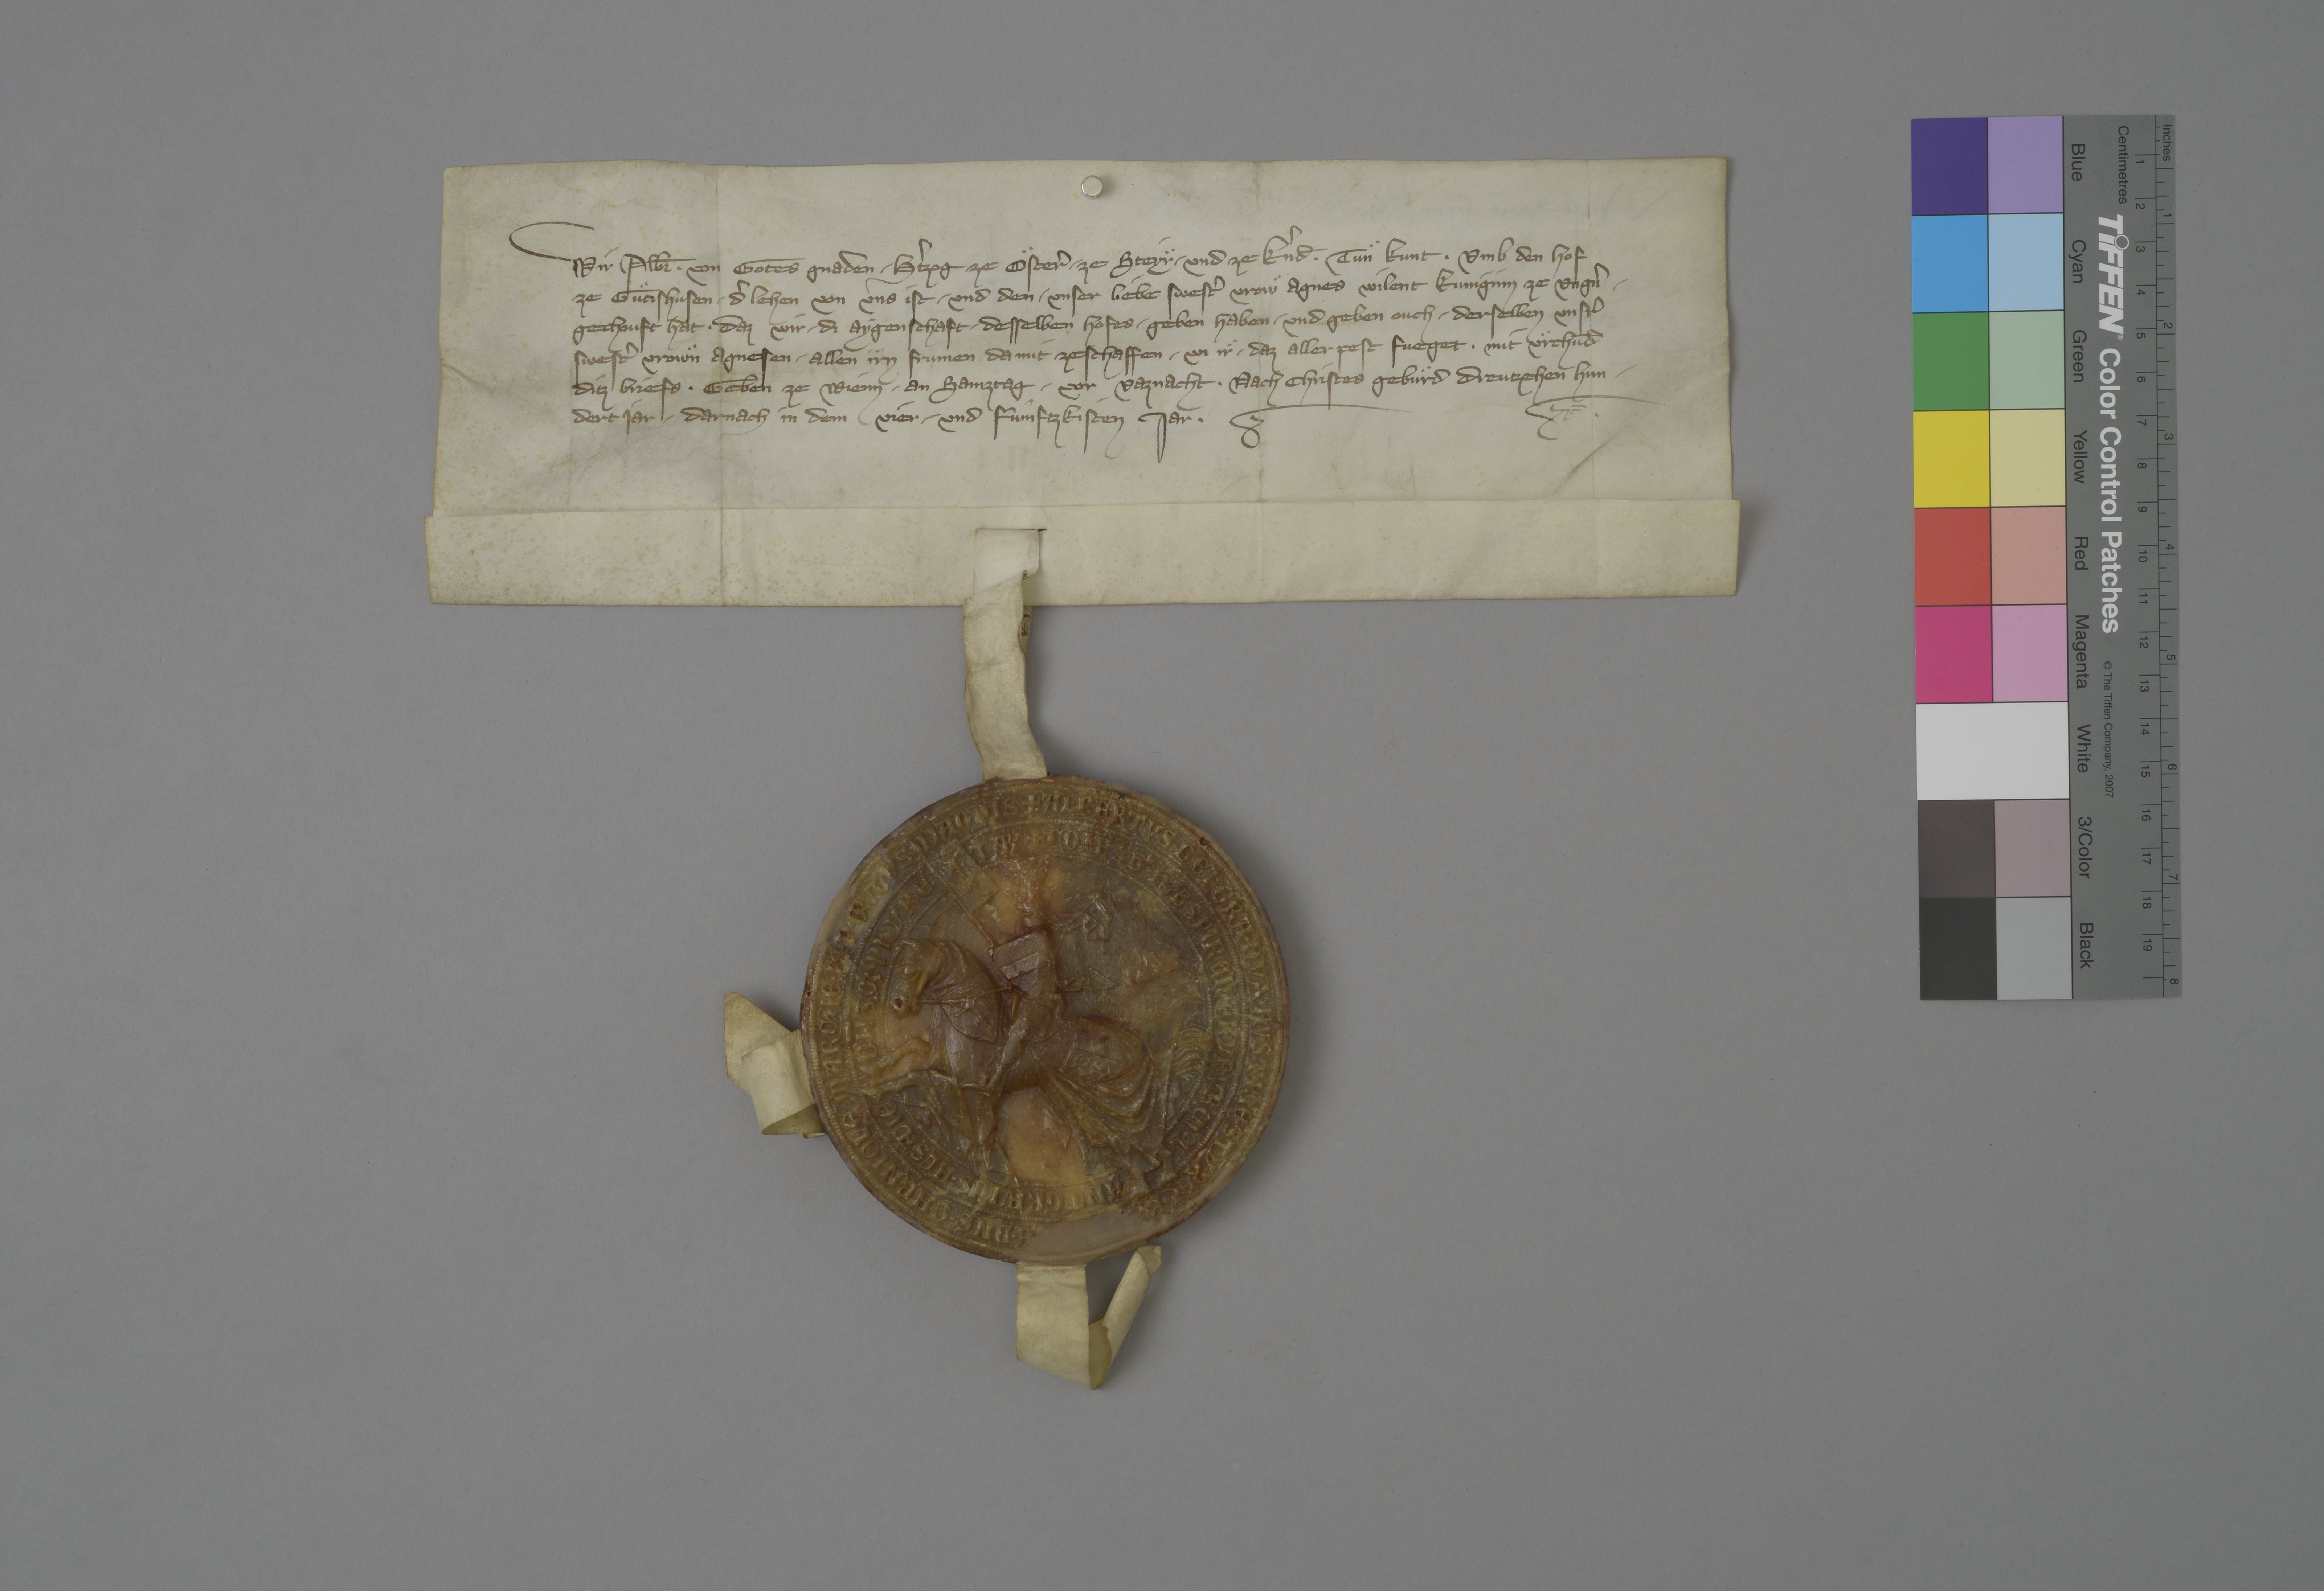
Transcription:
Wir, Alb̄r✳, von gotes gnaden ✳ hˀtzog ze Oͤsterˀ, ✳ ze Steyr ✳ und ze Kˀnd̄✳, tuͤn kunt, ✳ umb den hof
ze Guͤtishusen, ✳ dˀ lehen von uns ist ✳ und den ✳ unser liebe swestˀ vrowͤ Agnes, wilent kuniginn ze Ungˀn,
gechouft hat, ✳ daz wir ✳ di aygenschaft ✳ desselben hofes ✳ geben haben ✳ und geben ouch ✳ derselben unsrˀ
swestˀ, vrowͤn Agnesen, ✳ allen iͤrn frumen da mit zeschaffen, ✳ wi iͤr ✳ daz aller pest fueget. ✳ mit uͤrchūd
ditz briefs, ✳ geben ze Wienn ✳ an samztag ✳ vor vaznacht, ✳ nach Christes gebuͤrd dreutzehen hun¬
dert jar, ✳ darnach in dem vier ✳ und fûmftzkisten jar. ✳